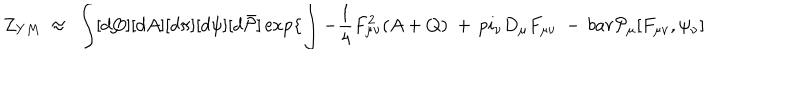
Z _ { Y M } ~ \approx ~ \int [ d Q ] [ d A ] [ d \pi ] [ d \psi ] [ d \bar { \cal P } ] \exp \{ \int - \frac { 1 } { 4 } F _ { \mu \nu } ^ { 2 } ( A + Q ) \ + \, p i _ { \nu } D _ { \mu } F _ { \mu \nu } \ - \, b a r { \cal P } _ { \mu } [ F _ { \mu \nu } , \psi _ { \nu } ]